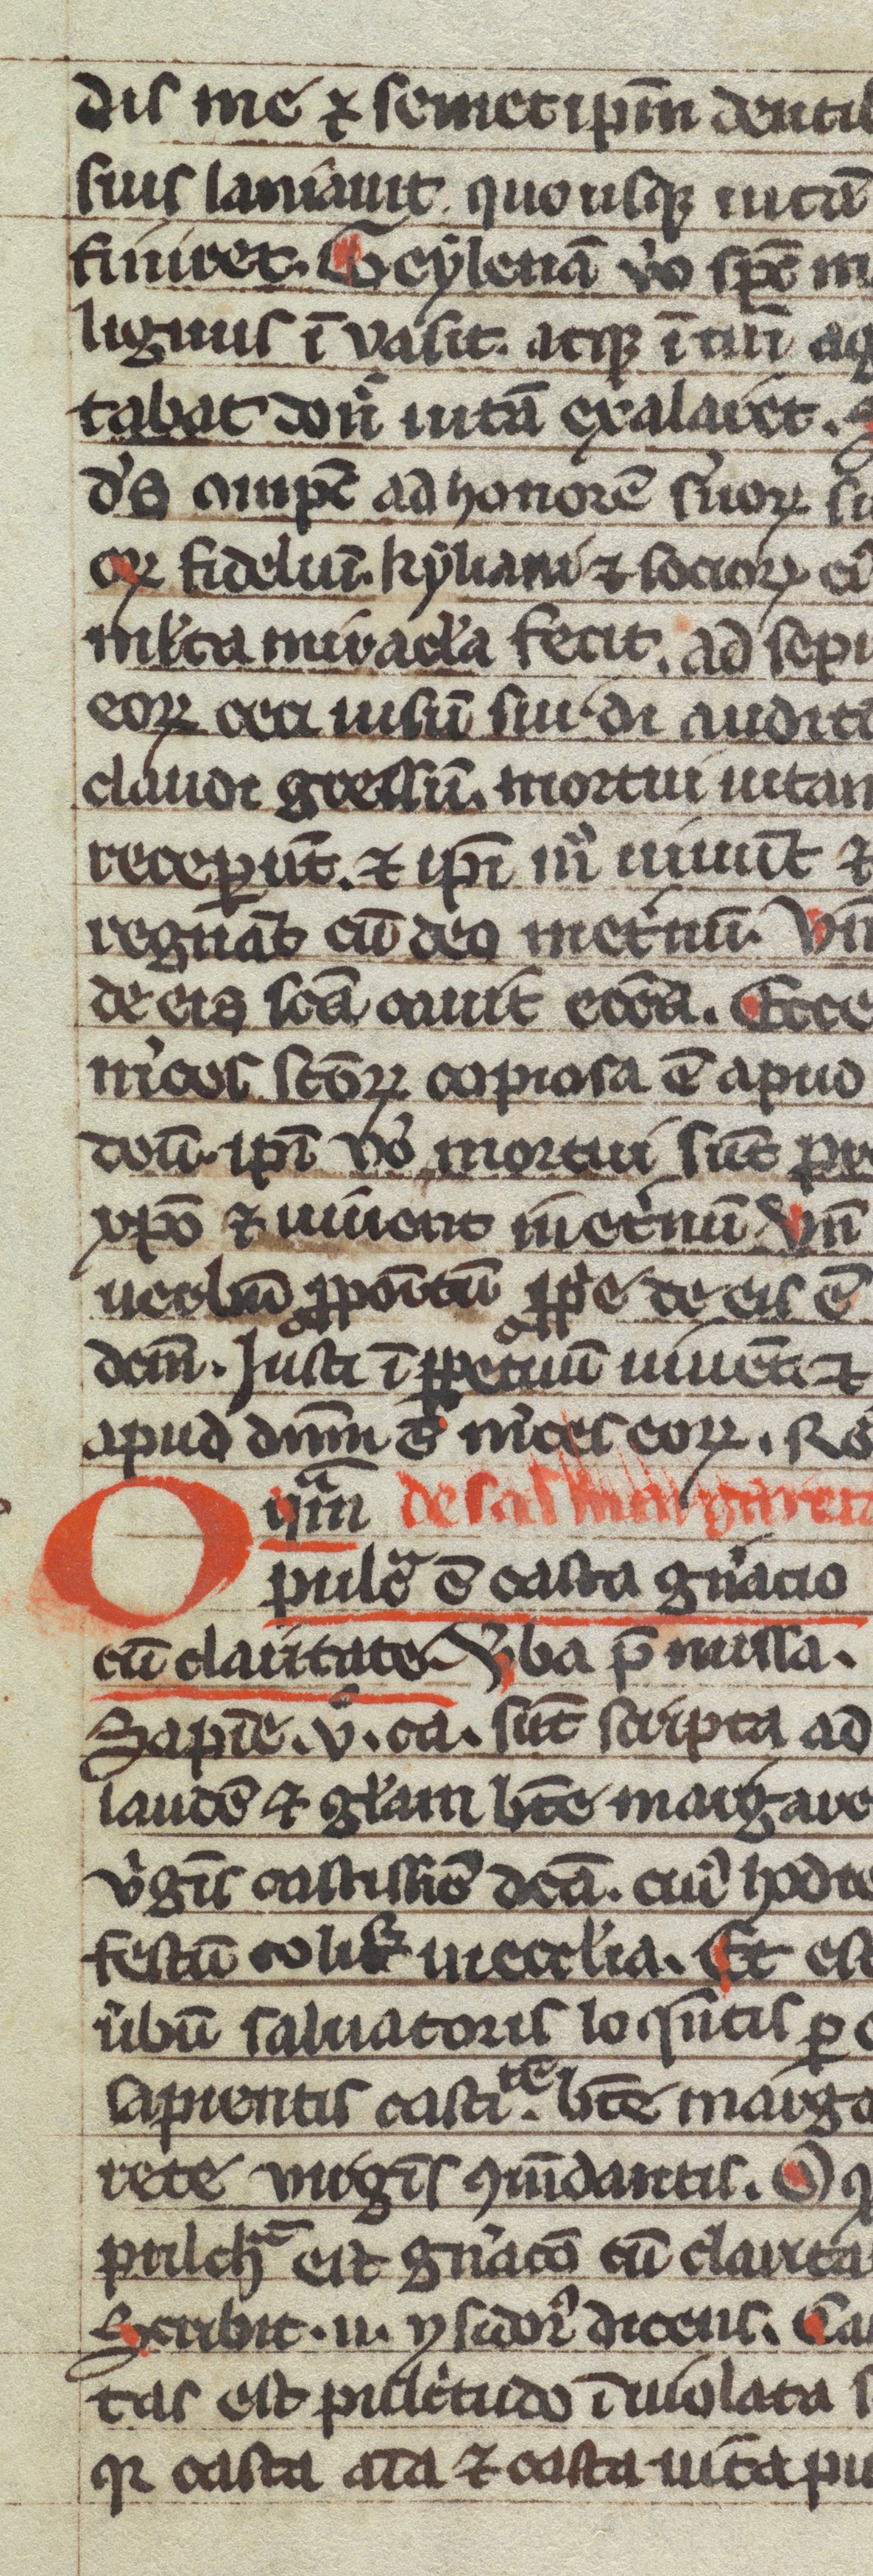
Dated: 1300–1399